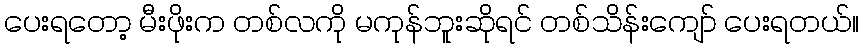
ပေးရတော့ မီးဖိုးက တစ်လကို မကုန်ဘူးဆိုရင် တစ်သိန်းကျော် ပေးရတယ်။